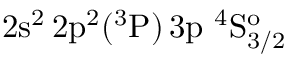
\mathrm { 2 s ^ { 2 } \, 2 p ^ { 2 } ( ^ { 3 } P ) \, 3 p ~ ^ { 4 } S _ { 3 / 2 } ^ { o } }